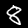
Digit: 8